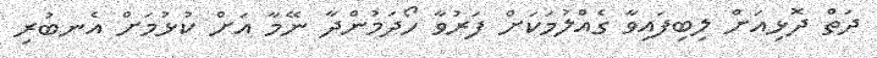
ދަތް ދޮޅިއަށް ލިބިފައިވާ ގެއްލުމަކަށް ފަރުވާ ހޯދަމުންދާ ނޭމާ އަށް ކުުޅުމަށް އެނބުރި